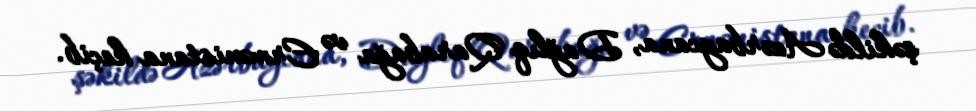
şəkildə Azərbaycana, Dağlıq Qarabağa və Ermənistana keçib.